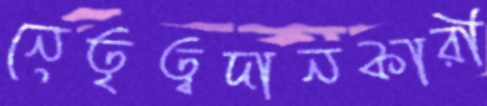
নেতৃত্বদানকারী